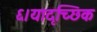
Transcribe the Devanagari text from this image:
६।यादृच्छिक